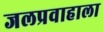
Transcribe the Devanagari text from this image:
जलप्रवाहाला